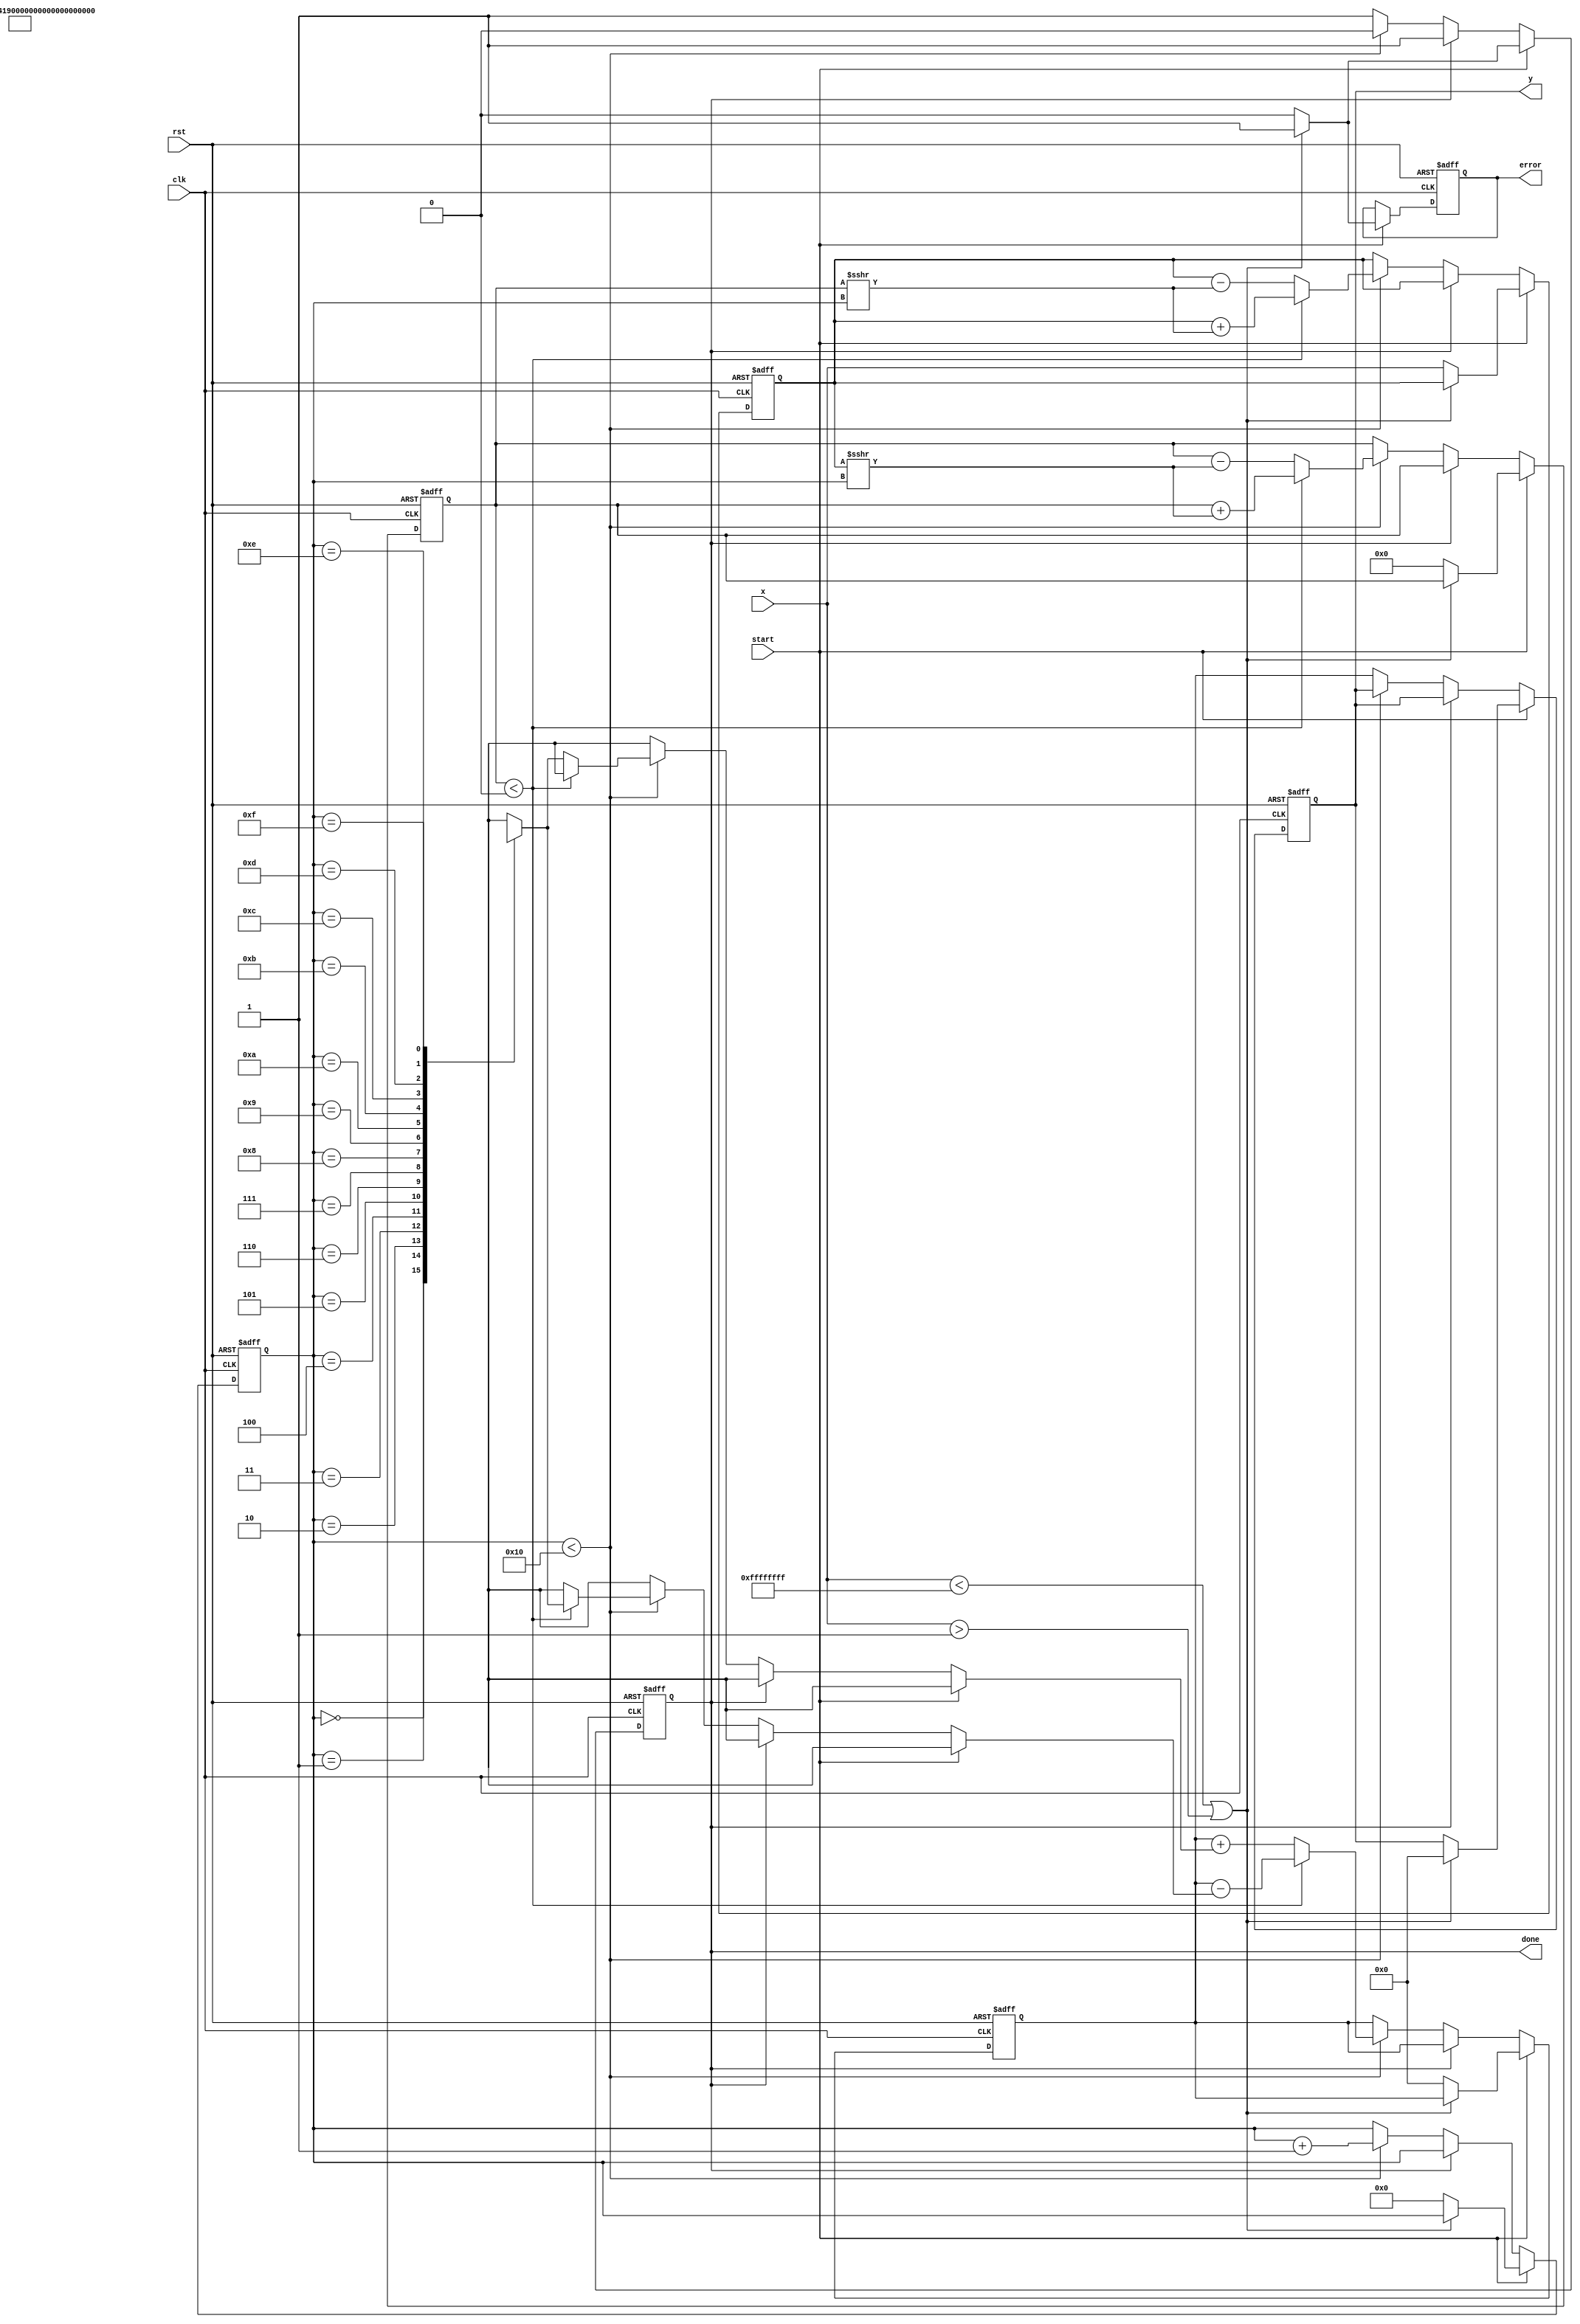
module atan_block #(parameter N = 16, M = 32) (
    input wire clk,
    input wire rst,
    input wire [N-1:0] x,    // Input value (fixed-point representation)
    input wire start,
    output reg [M-1:0] y,    // Output value (angle in radians)
    output reg done,          // Signal indicating completion
    output reg error          // Error signal for out of range
);

// CORDIC configuration and constants
parameter num_iters = 16; // Number of iterations
reg signed [N-1:0] x_k, y_k;
reg signed [M-1:0] z_k;
reg [3:0] iter;
wire signed [M-1:0] angle_lookup [0:num_iters-1];

// Initialize lookup table for angles
initial begin
    angle_lookup[0] = 32'h20000000; // /4 in fixed-point representation
    angle_lookup[1] = 32'h14190E2;  // /12 in fixed-point representation
    angle_lookup[2] = 32'h0A3D70A;  // /24 in fixed-point representation
    angle_lookup[3] = 32'h052D50D;  // /48 in fixed-point representation
    // ... Populate with additional constants for more iterations
    // Note: Adjust the constants depending on the fixed-point format
end

// Main control logic for CORDIC
always @(posedge clk or posedge rst) begin
    if (rst) begin
        x_k <= 0;
        y_k <= 0;
        z_k <= 0;
        iter <= 0;
        done <= 0;
        error <= 0;
        y <= 0;
    end
    else begin
        if (start) begin
            if (x < -1 || x > 1) begin
                error <= 1;
                y <= 0;
                done <= 1;
            end
            else begin
                error <= 0; // Clear error flag
                x_k <= x;
                y_k <= 0;  // Initial y value
                z_k <= 0;  // Initial angle
                iter <= 0;
                done <= 0;
            end
        end else if (!done) begin
            // CORDIC iterative computation
            if (iter < num_iters) begin
                // Perform the CORDIC rotation
                if (y_k < 0) begin
                    x_k <= x_k + (y_k >>> iter);
                    y_k <= y_k + (x_k >>> iter);
                    z_k <= z_k - angle_lookup[iter];
                end else begin
                    x_k <= x_k - (y_k >>> iter);
                    y_k <= y_k - (x_k >>> iter);
                    z_k <= z_k + angle_lookup[iter];
                end
                iter <= iter + 1;
            end
            else begin
                // Final Output
                y <= z_k;
                done <= 1;
            end
        end
    end
end

endmodule